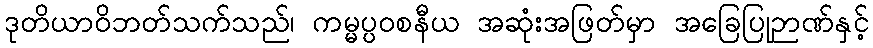
ဒုတိယာဝိဘတ်သက်သည်၊ ကမ္မပ္ပဝစနီယ အဆုံးအဖြတ်မှာ အခြေပြုဉာဏ်နှင့်